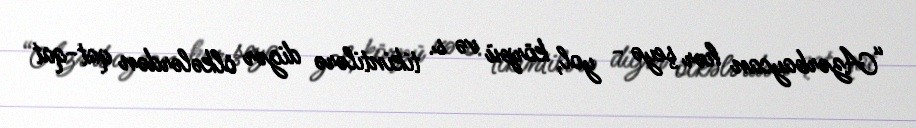
“Azərbaycan hər şeyə - yol, körpü və s. tikintilərə digər ölkələrdən qat-qat